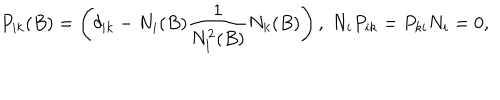
P _ { i k } ( B ) = \left( \delta _ { i k } - N _ { i } ( B ) \frac { 1 } { N _ { l } ^ { 2 } ( B ) } N _ { k } ( B ) \right) , \; N _ { i } P _ { i k } = P _ { k i } N _ { i } = 0 ,